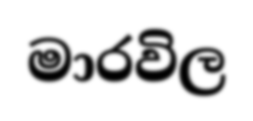
මාරවිල